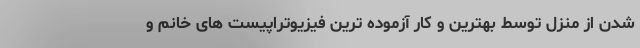
شدن از منزل توسط بهترین و کار آزموده ترین فیزیوتراپیست های خانم و